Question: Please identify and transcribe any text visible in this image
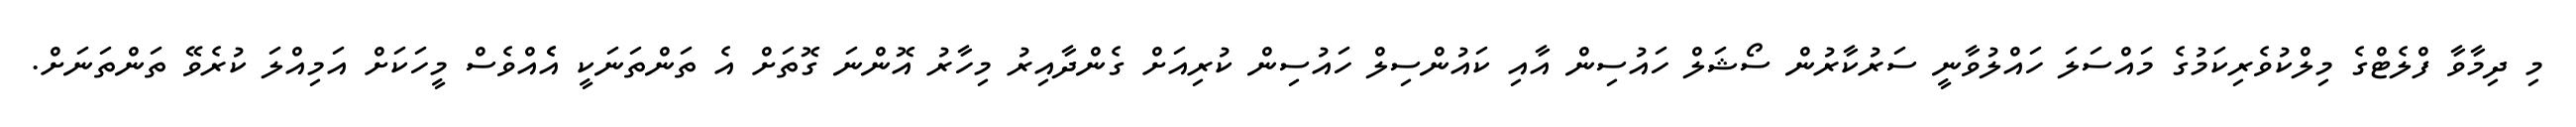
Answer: މި ދިމާވާ ފްލެޓްގެ މިލްކުވެރިކަމުގެ މައްސަލަ ހައްލުވާނީ ސަރުކާރުން ސޯޝަލް ހައުސިން އާއި ކައުންސިލް ހައުސިން ކުރިއަށް ގެންދާއިރު މިހާރު އޮންނަ ގޮތަށް އެ ތަންތަނަކީ އެެއްވެސް މީހަކަށް އަމިއްލަ ކުރެވޭ ތަންތަނަށް.